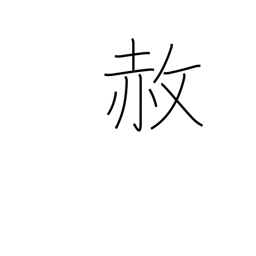
Meaning: pardon